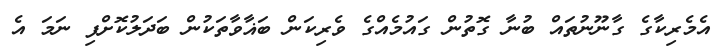
އެމެރިކާގެ ގާނޫނުތައް ބުނާ ގޮތުން ގައުމެއްގެ ވެރިކަން ބަޣާވާތަކުން ބަދަލުކޮށްފި ނަމަ އެ